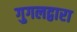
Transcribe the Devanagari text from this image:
गुगलद्वारा